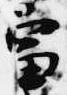
富